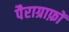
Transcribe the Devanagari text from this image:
पैराग्राफ़ों